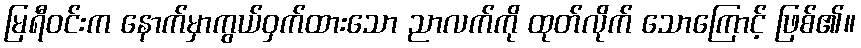
မြရီဝင်းက နောက်မှာကွယ်ဝှက်ထားသော ညာလက်ကို ထုတ်လိုက် သောကြောင့် ဖြစ်၏။